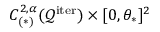
C _ { ( * ) } ^ { 2 , \alpha } ( \mathcal { Q } ^ { \mathrm { i t e r } } ) \times [ 0 , \theta _ { * } ] ^ { 2 }